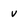
Character: v